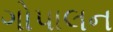
ગોપાલન